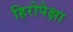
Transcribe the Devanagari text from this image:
हिरोपेक्षा